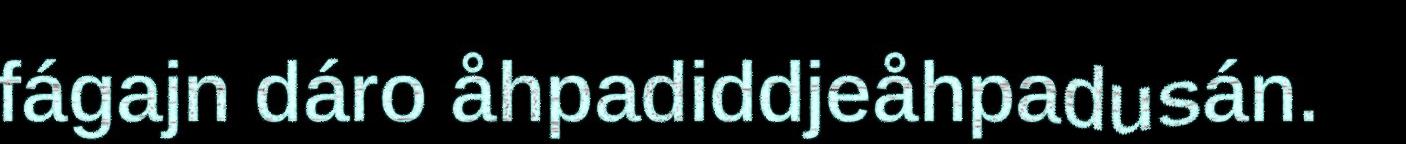
fágajn dáro åhpadiddjeåhpadusán.